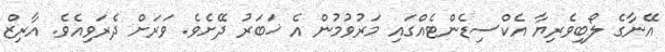
އޭނާގެ ލޯބިވެރިޔާ އެކްސިޑެންޓެއްގައި މަރުވުމުން އެ ޚަބަރު ދޭށެވެ. ވަރަށް ދެރަވިއެވެ. އާރިޒް